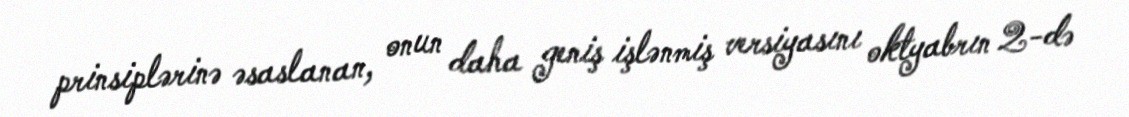
prinsiplərinə əsaslanan, onun daha geniş işlənmiş versiyasını oktyabrın 2-də